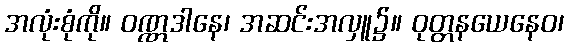
အလုံးစုံကို။ ဝဏ္ဏဒါနေ၊ အဆင်းအလှူ၌။ ဝုတ္တနယေနေဝ၊